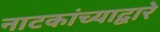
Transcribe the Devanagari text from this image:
नाटकांच्याद्वारे